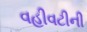
વહીવટીની